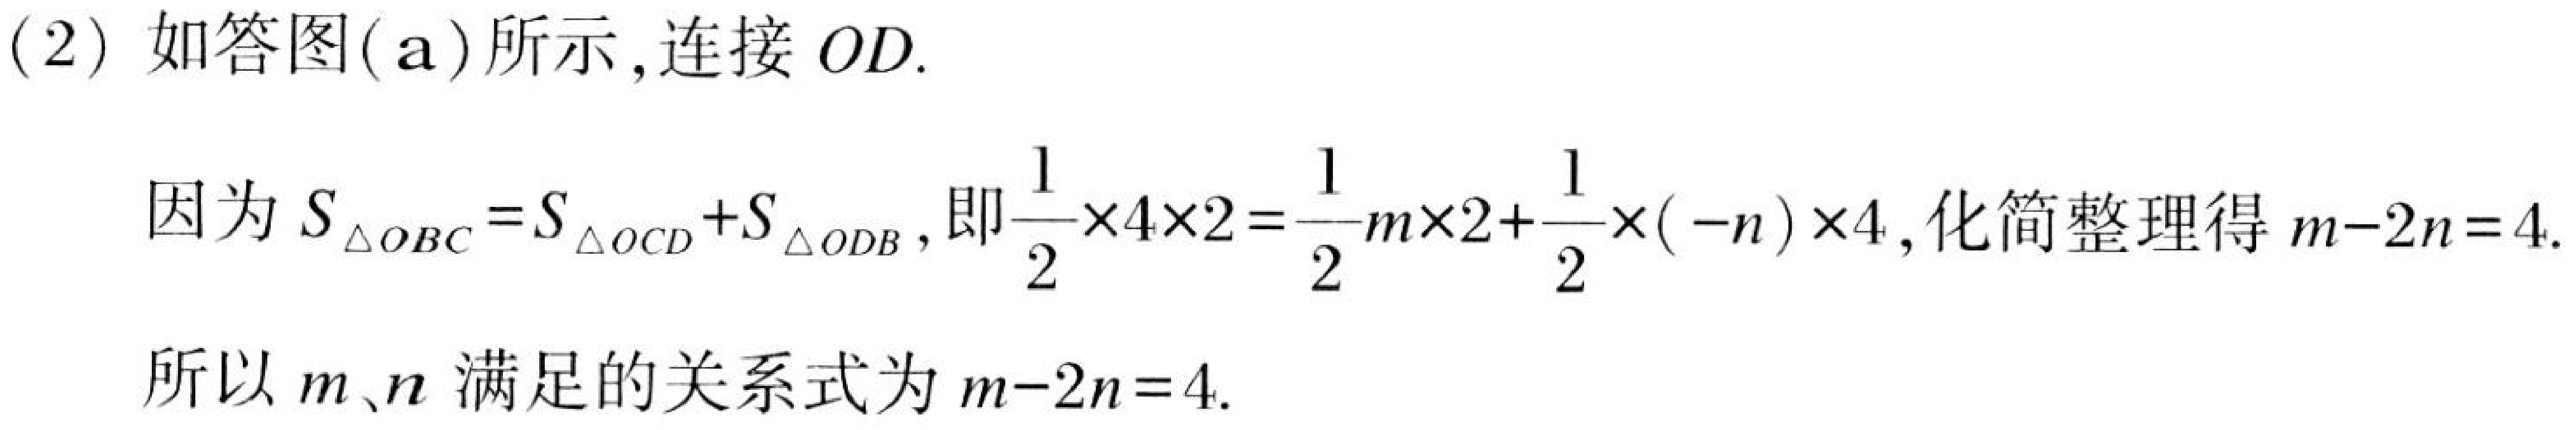
(2) 如答图(a)所示, 连接 \(OD\).

因为 \(S_{\triangle OBC}=S_{\triangle OCD}+S_{\triangle ODB}\), 即 \(\frac{1}{2}\times4\times2 = \frac{1}{2}m\times2+\frac{1}{2}\times(-n)\times4\), 化简整理得 \(m - 2n = 4\).

所以 \(m\)、\(n\) 满足的关系式为 \(m - 2n = 4\).